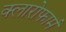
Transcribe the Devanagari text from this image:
क्लारोफार्म